Senior Leaving Certificate Examination (including Day School Certificate (Higher) General paper), 1948
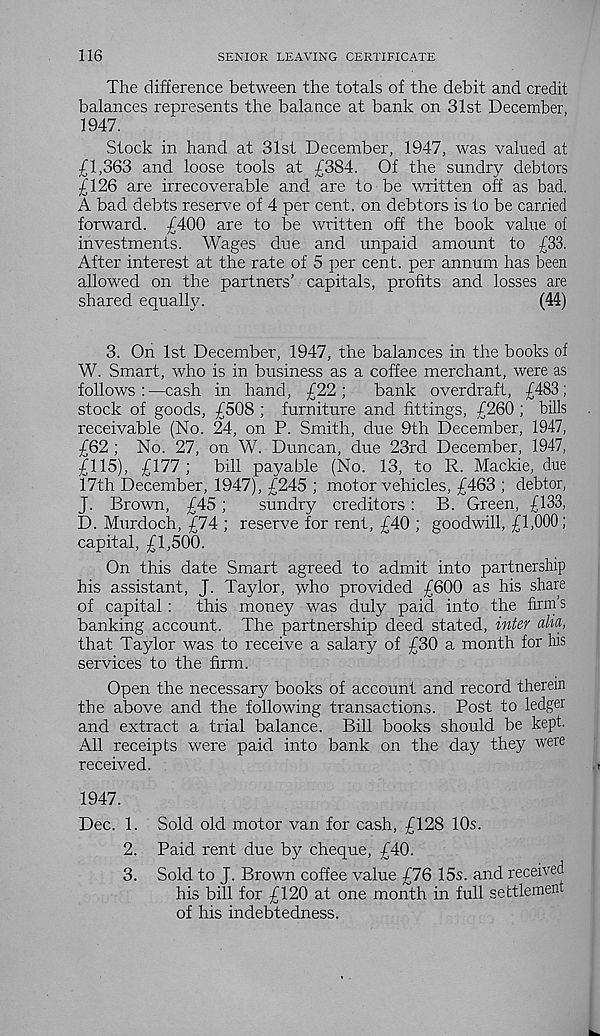
116
SENIOR LEAVING CERTIFICATE
The difference between the totals of the debit and credit
balances represents the balance at bank on 31st December,
1947.
Stock in hand at 31st December, 1947, was valued at
£1,363 and loose tools at £384. Of the sundry debtors
£126 are irrecoverable and are to be written off as bad.
A bad debts reserve of 4 per cent, on debtors is to be carried
forward. £400 are to be written off the book value of
investments. Wages due and unpaid amount to £33.
After interest at the rate of 5 per cent, per annum has been
allowed on the partners’ capitals, profits and losses are
shared equally.
(44)
3. On 1st December, 1947, the balances in the books of
W. Smart, who is in business as a coffee merchant, were as
follows:—cash in hand, £22;
bank overdraft, £483;
stock of goods, £508 ; furniture and fittings, £260 ; bills
receivable (No. 24, on P. Smith, due 9th December, 1947,
£62 ; No. 27, on W. Duncan, due 23rd December, 1947,
£115), £177 ;
bill payable (No. 13, to R. Mackie, due
17th December, 1947), £245 ; motor vehicles, £463 ; debtor,
J. Brown, £45;
sundry creditors: B. Green, £133,
D. Murdoch, £74 ; reserve for rent, £40 ; goodwill, £1,000;
capital, £1,500.
On this date Smart agreed to admit into partnership
his assistant, J. Taylor, who provided £600 as his share
of capital:
this money was duly paid into the firm’s
banking account. The partnership deed stated, inter aha,
that Taylor was to receive a salary of £30 a month for his
services to the firm.
Open the necessary books of account and record therein
the above and the following transactions. Post to ledger
and extract a trial balance. Bill books should be kept.
All receipts were paid into bank on the day they were
received.
1947.
Dec. 1. Sold old motor van for cash, £128 10s.
2. Paid rent due by cheque, £40.
3. Sold to J. Brown coffee value £76 15s. and received
his bill for £120 at one month in full settlement
of his indebtedness.